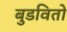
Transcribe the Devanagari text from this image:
बुडवितो